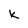
Character: K